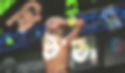
থিততাম